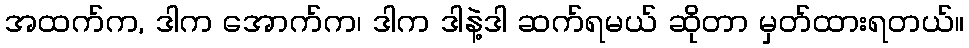
အထက်က, ဒါက အောက်က၊ ဒါက ဒါနဲ့ဒါ ဆက်ရမယ် ဆိုတာ မှတ်ထားရတယ်။